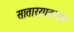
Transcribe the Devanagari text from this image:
सातार्‍यातल्या